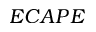
E C A P E